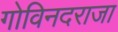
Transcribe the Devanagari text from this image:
गोविनदराजा